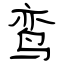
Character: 鸾